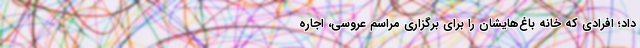
داد؛ افرادی که خانه باغ‌هایشان را برای برگزاری مراسم عروسی، اجاره